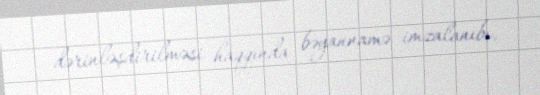
dərinləşdirilməsi haqqında bəyannamə imzalanıbı.